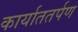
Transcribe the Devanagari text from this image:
कार्याततर्पण